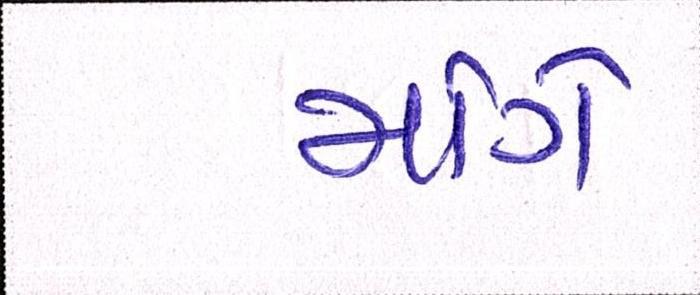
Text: માંગે